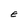
Character: E